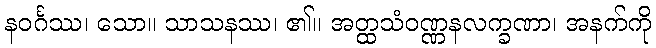
နဝင်္ဂဿ၊ သော။ သာသနဿ၊ ၏။ အတ္ထသံဝဏ္ဏနလက္ခဏာ၊ အနက်ကို